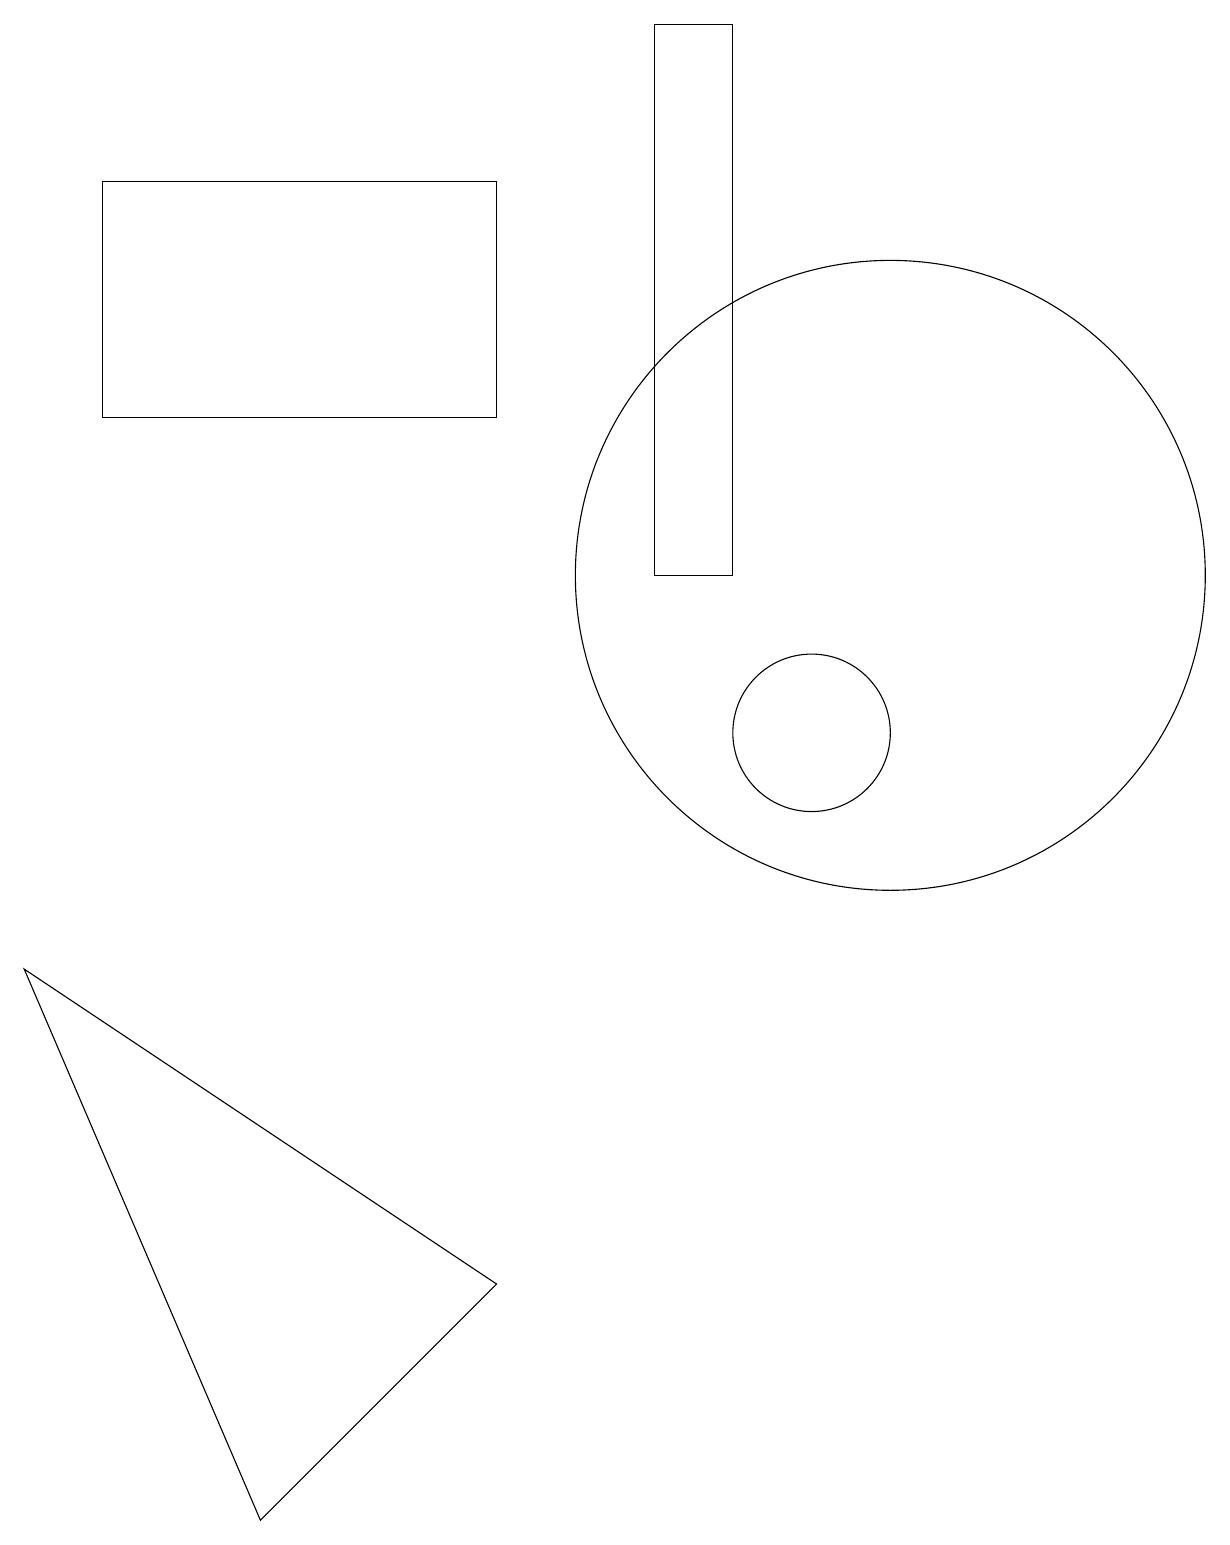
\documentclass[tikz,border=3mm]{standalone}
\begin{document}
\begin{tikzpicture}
\draw (8,19) rectangle (9,12);
\draw (3,0) -- (0,7) -- (6,3) -- cycle;
\draw (10,10) circle (1);
\draw (11,12) circle (4);
\draw (1,17) rectangle (6,14);
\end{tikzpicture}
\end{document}